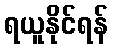
ရယူနိုင်ရန်